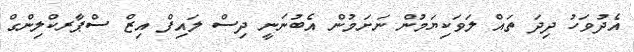
އެދުވަހު ދިދަ ތައް ލަވަކިޔަމުން ނަށަމުން އެބުނަނީ ދިސް ލައިފް އިޒް ސްޕާރކްލިންގް